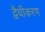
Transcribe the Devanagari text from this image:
द्वैधीकरण